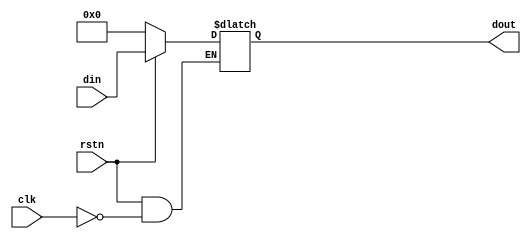
module sample_latch (clk, rstn, din, dout);
    input clk,rstn;
    input[3:0] din;
    output[3:0] dout;
    reg[3:0] data;

    assign dout = data;

    always @(clk or rstn) begin
        
        if(!rstn) begin
            data <= 4'b0;
        end
        else if(clk) begin
            data <= din;
        end
        
    end
    
endmodule